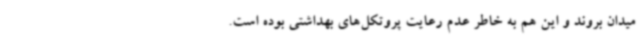
میدان بروند و این هم به خاطر عدم رعایت پروتکل‌های بهداشتی بوده است.